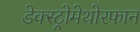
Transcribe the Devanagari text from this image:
डेक्स्ट्रोमेथोरफान